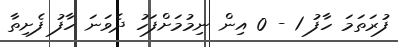
ފުރަތަމަ ހާފު 1 - 0 އިން ނިމުމަށްފަހު ދެވަނަ ހާފު ފެށިތާ